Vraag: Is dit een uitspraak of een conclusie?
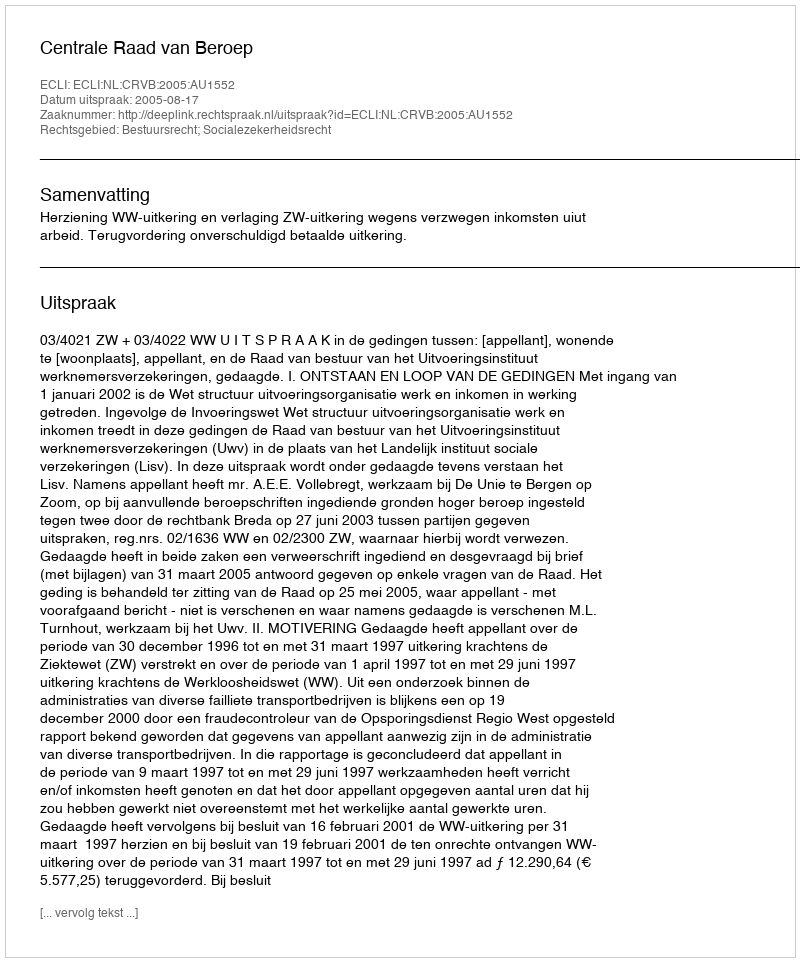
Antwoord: Uitspraak